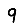
Digit: 9